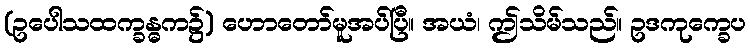
(ဥပေါသထက္ခန္ဓက၌) ဟောတော်မူအပ်ပြီ။ အယံ၊ ဤသိမ်သည်။ ဥဒကုက္ခေပ